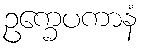
ဥက္ခေပကာနံ